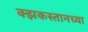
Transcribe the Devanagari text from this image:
क्झकस्तानच्या